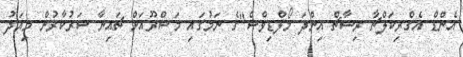
އެންޑް އެގްރިކަލްޗާ ރިސާޗް އިންދަ މޯލްޑިވްސް"ގެ ނަމުގައި މަޝްރޫއަށް ޗައިނާ ސަރުކާރުން މިއަދު